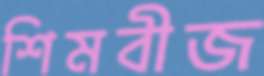
শিমবীজ